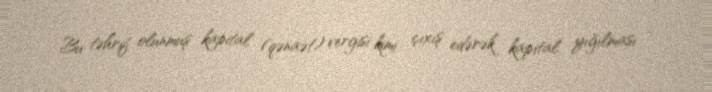
Bu təhrif olunmuş kapital (qənaət) vergisi kimi çıxış edərək kapital yığılması